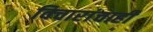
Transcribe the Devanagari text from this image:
विचारांचाही